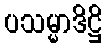
ပသမ္မာဒိဋ္ဌိ